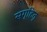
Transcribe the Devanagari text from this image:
सगृहितृ